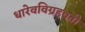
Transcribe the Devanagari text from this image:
धारेवविग्रहवती